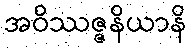
အဝိဿဇ္ဇနိယာနိ